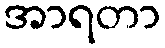
အာရတာ